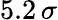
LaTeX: {5.2\, \sigma}